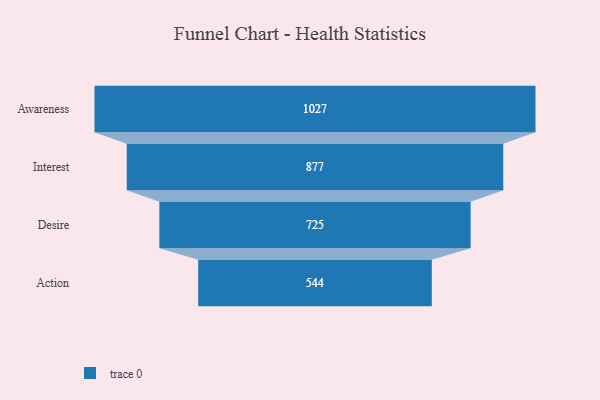
{"axis": {"x": "Stage", "y": "Value"}, "legend": [""], "data": [{"x": "Awareness", "y": 1027.0, "type": ""}, {"x": "Interest", "y": 877.0, "type": ""}, {"x": "Desire", "y": 725.0, "type": ""}, {"x": "Action", "y": 544.0, "type": ""}]}